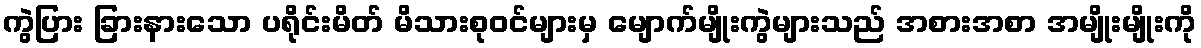
ကွဲပြား ခြားနားသော ပရိုင်းမိတ် မိသားစုဝင်များမှ မျောက်မျိုးကွဲများသည် အစားအစာ အမျိုးမျိုးကို